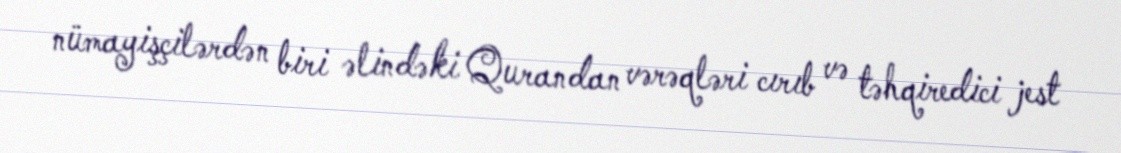
nümayişçilərdən biri əlindəki Qurandan vərəqləri cırıb və təhqiredici jest